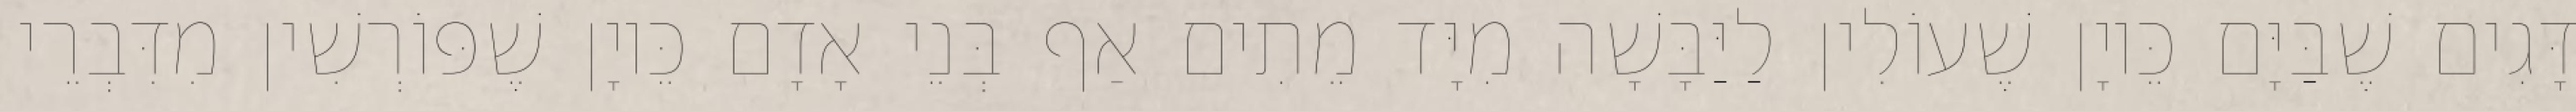
דָּגִים שֶׁבַּיָּם כֵּיוָן שֶׁעוֹלִין לַיַּבָּשָׁה מִיָּד מֵתִים אַף בְּנֵי אָדָם כֵּיוָן שֶׁפּוֹרְשִׁין מִדִּבְרֵי